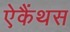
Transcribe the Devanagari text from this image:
ऐकैंथस